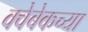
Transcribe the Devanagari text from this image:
क्वेबेकच्या